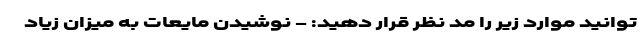
توانید موارد زیر را مد نظر قرار دهید: - نوشیدن مایعات به میزان زیاد